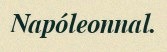
Napóleonnal.